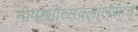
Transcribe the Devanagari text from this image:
गोषांश्चोत्सवलालसान्‌